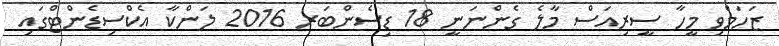
ޒަހަމްވި މީހާ ސީރިއަސް މާލެ ގެންނަނީ 18 ޑިސެންބަރ 2016 ލަންކާ އެކްސިޑެންޓްގައި